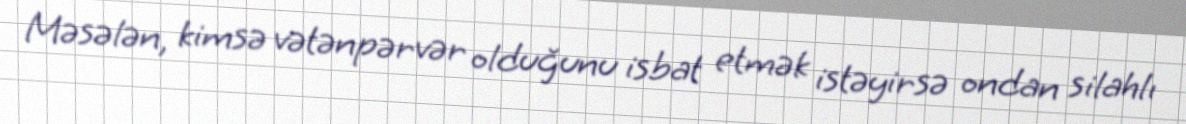
Məsələn, kimsə vətənpərvər olduğunu isbat etmək istəyirsə ondan silahlı